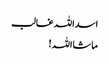
اسداللہ غالب
ماشااللہ!